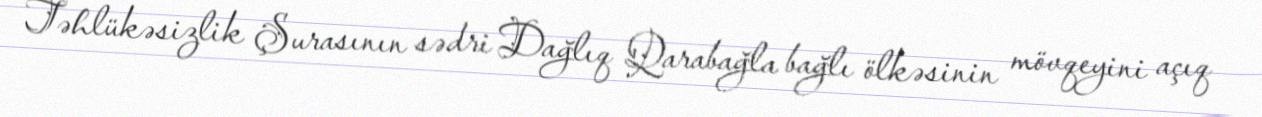
Təhlükəsizlik Şurasının sədri Dağlıq Qarabağla bağlı ölkəsinin mövqeyini açıq